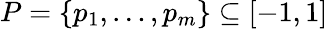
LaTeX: P=\{ p_{1},\dots,p_{m}\} \subseteq[-1,1]